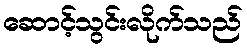
ဆောင့်သွင်းလိုက်သည်